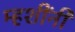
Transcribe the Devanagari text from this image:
म्हशींनी